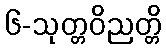
၆-သုတ္တဝိညတ္တိ